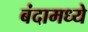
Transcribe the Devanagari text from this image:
बंदामध्ये